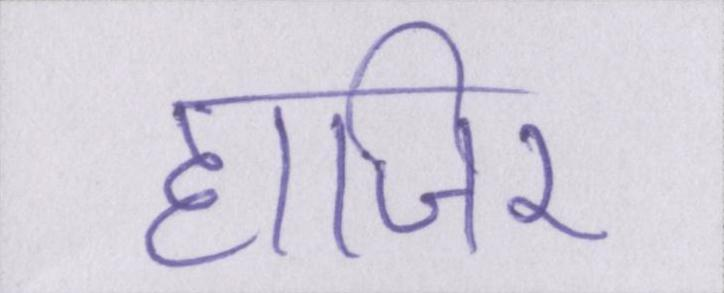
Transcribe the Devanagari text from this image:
हाजिर